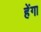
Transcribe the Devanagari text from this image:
हेंगा